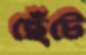
ছেঁটে